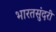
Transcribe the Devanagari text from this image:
भारतसुंदरी